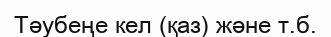
Тәубеңе кел (қаз) және т.б.